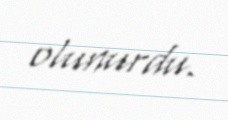
olunurdu.